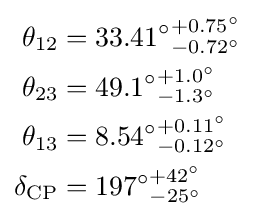
{\begin{aligned}\theta _{12}&={33.41^{\circ }}_{-0.72^{\circ }}^{+0.75^{\circ }}\\\theta _{23}&={49.1^{\circ }}_{-1.3^{\circ }}^{+1.0^{\circ }}\\\theta _{13}&={8.54^{\circ }}_{-0.12^{\circ }}^{+0.11^{\circ }}\\\delta _{\textrm {CP}}&={197^{\circ }}_{-25^{\circ }}^{+42^{\circ }}\\\end{aligned}}